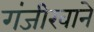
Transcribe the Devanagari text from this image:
गंजीखाने